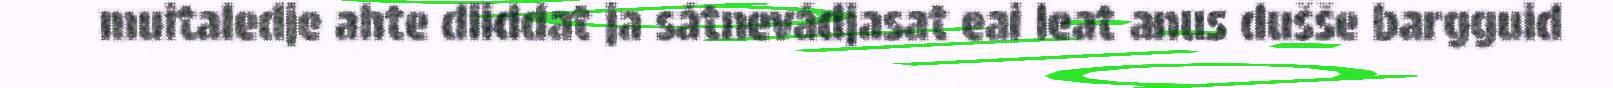
muitaledje ahte diiddat ja sátnevádjasat eai leat anus dušše bargguid